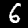
Digit: 6